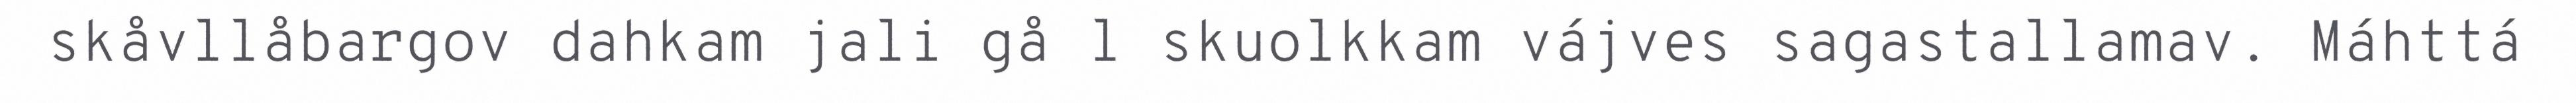
skåvllåbargov dahkam jali gå l skuolkkam vájves sagastallamav. Máhttá